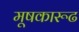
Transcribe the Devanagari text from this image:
मूषकारूढ